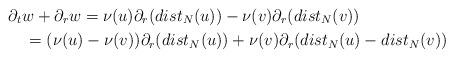
LaTeX: \begin{align*} &\partial_tw+\partial_rw=\nu(u)\partial_r(dist_N(u))-\nu(v)\partial_r(dist_N(v))\\ &\quad=(\nu(u)-\nu(v))\partial_r(dist_N(u))+\nu(v)\partial_r(dist_N(u)-dist_N(v)) \end{align*}